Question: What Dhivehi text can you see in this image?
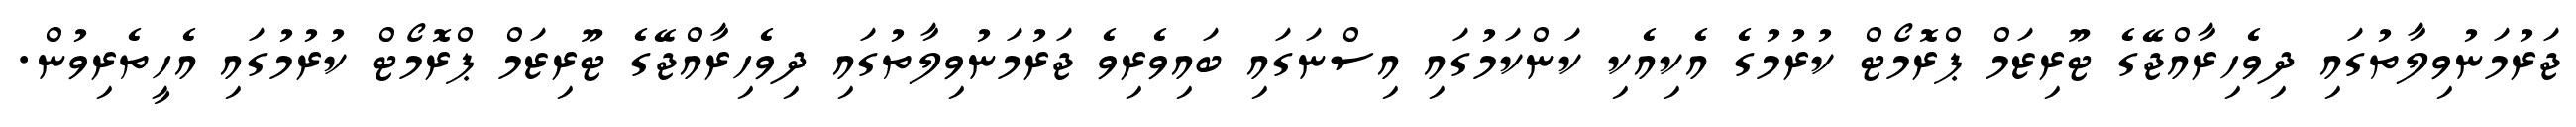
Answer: ޖަރުމަނުވިލާތުގައި ދިވެހިރާއްޖޭގެ ޓޫރިޒަމް ޕްރޮމޯޓް ކުރުމުގެ އެކިއެކި ކަންކަމުގައި އިސްނަގައި ބައިވެރިވެ ޖަރުމަނުވިލާތުގައި ދިވެހިރާއްޖޭގެ ޓޫރިޒަމް ޕްރޮމޯޓް ކުރުމުގައި އެހީތެރިވުން.